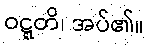
ဝဋ္ဋတိ၊ အပ်၏။